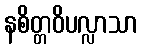
နစိတ္တဝိပလ္လာသာ